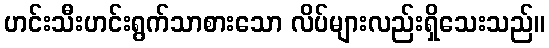
ဟင်းသီးဟင်းရွက်သာစားသော လိပ်များလည်းရှိသေးသည်။